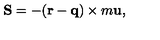
{ \bf S } = - ( { \bf r } - { \bf q } ) \times m { \bf u } ,